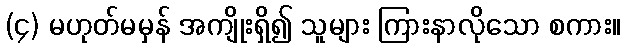
(၄) မဟုတ်မမှန် အကျိုးရှိ၍ သူများ ကြားနာလိုသော စကား။